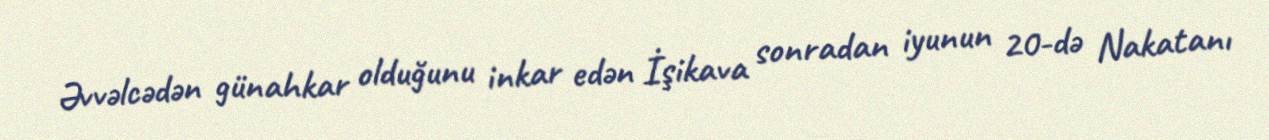
Əvvəlcədən günahkar olduğunu inkar edən İşikava sonradan iyunun 20-də Nakatanı